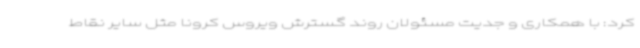
کرد: با همکاری و جدیت مسئولان روند گسترش ویروس کرونا مثل سایر نقاط